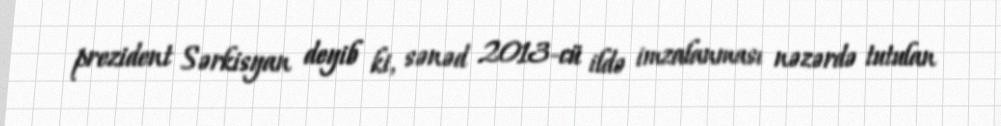
prezident Sərkisyan deyib ki, sənəd 2013-cü ildə imzalanması nəzərdə tutulan